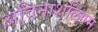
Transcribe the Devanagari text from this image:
अविनाशलिंगम